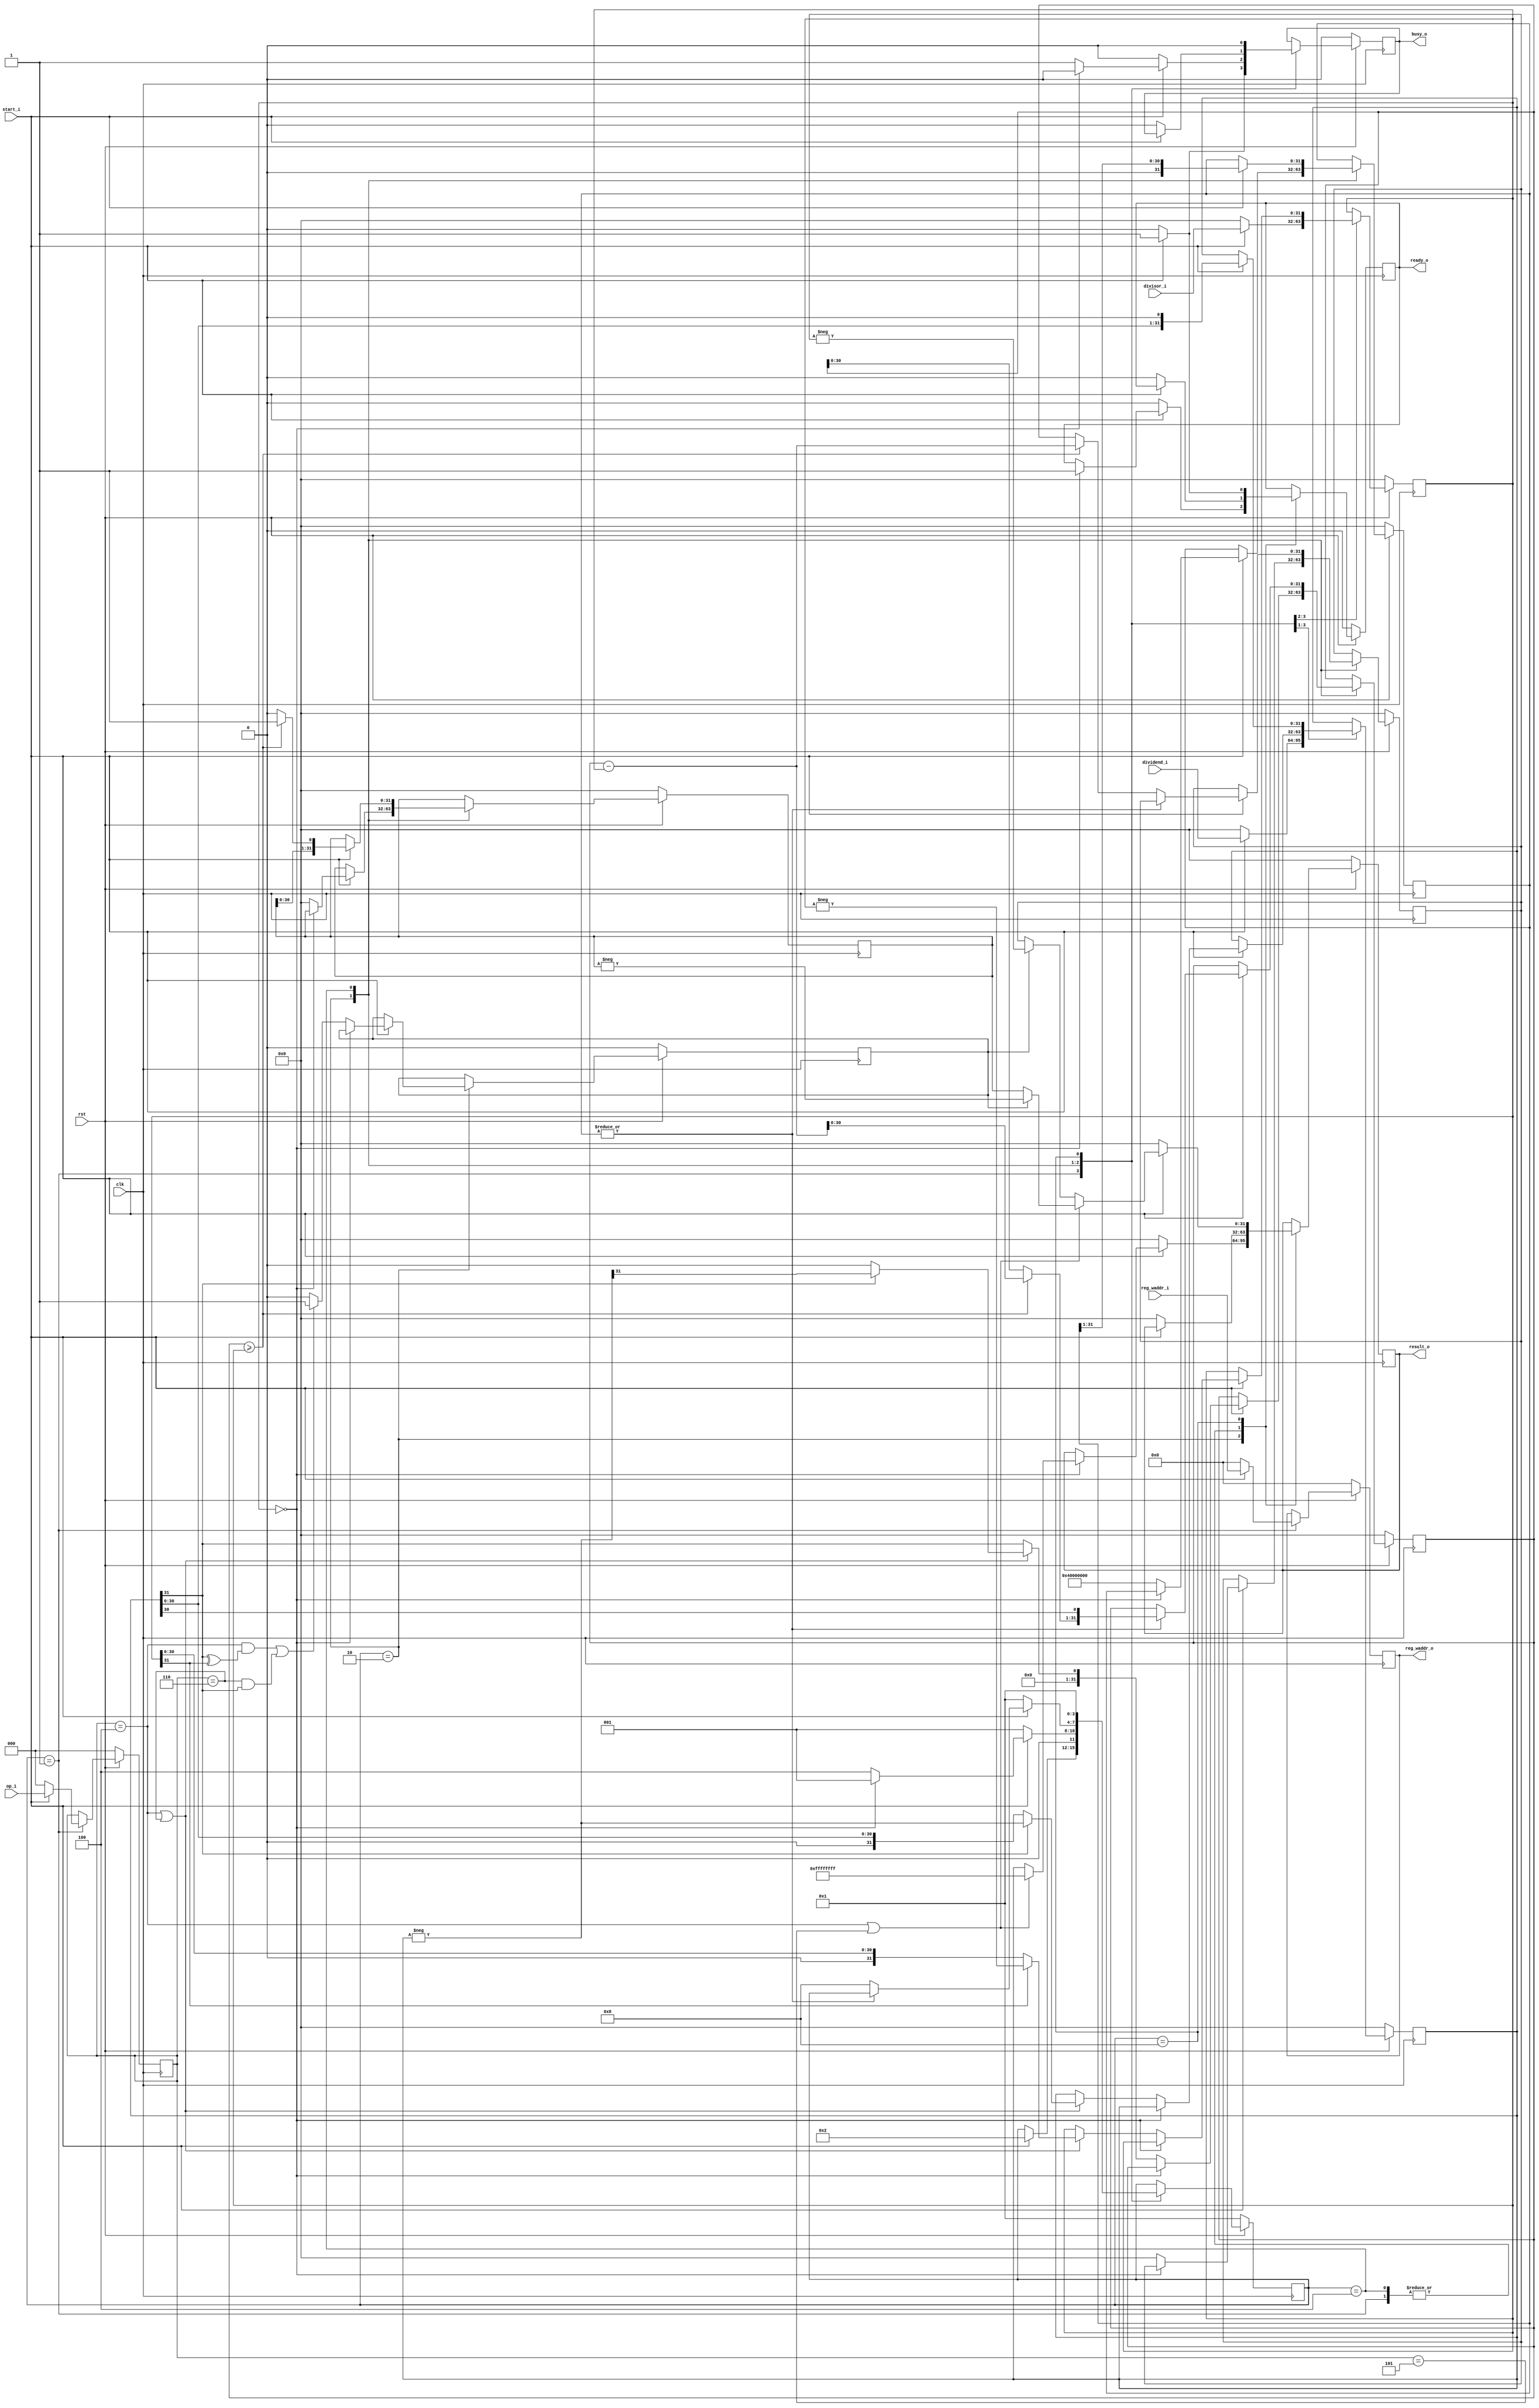
 /*                                                                      
 Copyright 2019 Blue Liang, liangkangnan@163.com
                                                                         
 Licensed under the Apache License, Version 2.0 (the "License");         
 you may not use this file except in compliance with the License.        
 You may obtain a copy of the License at                                 
                                                                         
     http://www.apache.org/licenses/LICENSE-2.0                          
                                                                         
 Unless required by applicable law or agreed to in writing, software    
 distributed under the License is distributed on an "AS IS" BASIS,       
 WITHOUT WARRANTIES OR CONDITIONS OF ANY KIND, either express or implied.
 See the License for the specific language governing permissions and     
 limitations under the License.                                          
 */
// common regs
`define RegAddrBus 4:0
`define RegBus 31:0
`define DoubleRegBus 63:0
`define RegWidth 32
`define RegNum 32        // reg num
`define RegNumLog2 5

`define RstEnable 1'b0
`define RstDisable 1'b1
`define ZeroWord 32'h0
`define ZeroReg 5'h0
`define WriteEnable 1'b1
`define WriteDisable 1'b0
`define ReadEnable 1'b1
`define ReadDisable 1'b0
`define True 1'b1
`define False 1'b0
`define ChipEnable 1'b1
`define ChipDisable 1'b0
`define JumpEnable 1'b1
`define JumpDisable 1'b0
`define DivResultNotReady 1'b0
`define DivResultReady 1'b1
`define DivStart 1'b1
`define DivStop 1'b0
`define HoldEnable 1'b1
`define HoldDisable 1'b0
`define Stop 1'b1
`define NoStop 1'b0
`define RIB_ACK 1'b1
`define RIB_NACK 1'b0
`define RIB_REQ 1'b1
`define RIB_NREQ 1'b0
`define INT_ASSERT 1'b1
`define INT_DEASSERT 1'b0
// M type inst
`define INST_MUL    3'b000
`define INST_MULH   3'b001
`define INST_MULHSU 3'b010
`define INST_MULHU  3'b011
`define INST_DIV    3'b100
`define INST_DIVU   3'b101
`define INST_REM    3'b110
`define INST_REMU   3'b111

module div(

    input wire clk,
    input wire rst,

    // from ex
    input wire[`RegBus] dividend_i,      // 
    input wire[`RegBus] divisor_i,       // 
    input wire start_i,                  // 
    input wire[2:0] op_i,                // 
    input wire[`RegAddrBus] reg_waddr_i, // 

    // to ex
    output reg[`RegBus] result_o,        // 3232
    output reg ready_o,                  // 
    output reg busy_o,                  // 
    output reg[`RegAddrBus] reg_waddr_o  // 

    );

    // 
    localparam STATE_IDLE  = 4'b0001;
    localparam STATE_START = 4'b0010;
    localparam STATE_CALC  = 4'b0100;
    localparam STATE_END   = 4'b1000;

    reg[`RegBus] dividend_r;
    reg[`RegBus] divisor_r;
    reg[2:0] op_r;
    reg[3:0] state;
    reg[31:0] count;
    reg[`RegBus] div_result;
    reg[`RegBus] div_remain;
    reg[`RegBus] minuend;
    reg invert_result;

    wire op_div = (op_r == `INST_DIV);
    wire op_divu = (op_r == `INST_DIVU);
    wire op_rem = (op_r == `INST_REM);
    wire op_remu = (op_r == `INST_REMU);

    wire[31:0] dividend_invert = (-dividend_r);
    wire[31:0] divisor_invert = (-divisor_r);
    wire minuend_ge_divisor = minuend >= divisor_r;
    wire[31:0] minuend_sub_res = minuend - divisor_r;
    wire[31:0] div_result_tmp = minuend_ge_divisor? ({div_result[30:0], 1'b1}): ({div_result[30:0], 1'b0});
    wire[31:0] minuend_tmp = minuend_ge_divisor? minuend_sub_res[30:0]: minuend[30:0];

    // 
    always @ (posedge clk) begin
        if (rst == `RstEnable) begin
            state <= STATE_IDLE;
            ready_o <= `DivResultNotReady;
            result_o <= `ZeroWord;
            div_result <= `ZeroWord;
            div_remain <= `ZeroWord;
            op_r <= 3'h0;
            reg_waddr_o <= `ZeroWord;
            dividend_r <= `ZeroWord;
            divisor_r <= `ZeroWord;
            minuend <= `ZeroWord;
            invert_result <= 1'b0;
            busy_o <= `False;
            count <= `ZeroWord;
        end else begin
            case (state)
                STATE_IDLE: begin
                    if (start_i == `DivStart) begin
                        op_r <= op_i;
                        dividend_r <= dividend_i;
                        divisor_r <= divisor_i;
                        reg_waddr_o <= reg_waddr_i;
                        state <= STATE_START;
                        busy_o <= `True;
                    end else begin
                        op_r <= 3'h0;
                        reg_waddr_o <= `ZeroWord;
                        dividend_r <= `ZeroWord;
                        divisor_r <= `ZeroWord;
                        ready_o <= `DivResultNotReady;
                        result_o <= `ZeroWord;
                        busy_o <= `False;
                    end
                end

                STATE_START: begin
                    if (start_i == `DivStart) begin
                        // 0
                        if (divisor_r == `ZeroWord) begin
                            if (op_div | op_divu) begin
                                result_o <= 32'hffffffff;
                            end else begin
                                result_o <= dividend_r;
                            end
                            ready_o <= `DivResultReady;
                            state <= STATE_IDLE;
                            busy_o <= `False;
                        // 0
                        end else begin
                            busy_o <= `True;
                            count <= 32'h40000000;
                            state <= STATE_CALC;
                            div_result <= `ZeroWord;
                            div_remain <= `ZeroWord;

                            // DIVREM
                            if (op_div | op_rem) begin
                                // 
                                if (dividend_r[31] == 1'b1) begin
                                    dividend_r <= dividend_invert;
                                    minuend <= dividend_invert[31];
                                end else begin
                                    minuend <= dividend_r[31];
                                end
                                // 
                                if (divisor_r[31] == 1'b1) begin
                                    divisor_r <= divisor_invert;
                                end
                            end else begin
                                minuend <= dividend_r[31];
                            end

                            // 
                            if ((op_div && (dividend_r[31] ^ divisor_r[31] == 1'b1))
                                || (op_rem && (dividend_r[31] == 1'b1))) begin
                                invert_result <= 1'b1;
                            end else begin
                                invert_result <= 1'b0;
                            end
                        end
                    end else begin
                        state <= STATE_IDLE;
                        result_o <= `ZeroWord;
                        ready_o <= `DivResultNotReady;
                        busy_o <= `False;
                    end
                end

                STATE_CALC: begin
                    if (start_i == `DivStart) begin
                        dividend_r <= {dividend_r[30:0], 1'b0};
                        div_result <= div_result_tmp;
                        count <= {1'b0, count[31:1]};
                        if (|count) begin
                            minuend <= {minuend_tmp[30:0], dividend_r[30]};
                        end else begin
                            state <= STATE_END;
                            if (minuend_ge_divisor) begin
                                div_remain <= minuend_sub_res;
                            end else begin
                                div_remain <= minuend;
                            end
                        end
                    end else begin
                        state <= STATE_IDLE;
                        result_o <= `ZeroWord;
                        ready_o <= `DivResultNotReady;
                        busy_o <= `False;
                    end
                end

                STATE_END: begin
                    if (start_i == `DivStart) begin
                        ready_o <= `DivResultReady;
                        state <= STATE_IDLE;
                        busy_o <= `False;
                        if (op_div | op_divu) begin
                            if (invert_result) begin
                                result_o <= (-div_result);
                            end else begin
                                result_o <= div_result;
                            end
                        end else begin
                            if (invert_result) begin
                                result_o <= (-div_remain);
                            end else begin
                                result_o <= div_remain;
                            end
                        end
                    end else begin
                        state <= STATE_IDLE;
                        result_o <= `ZeroWord;
                        ready_o <= `DivResultNotReady;
                        busy_o <= `False;
                    end
                end

            endcase
        end
    end

endmodule

`ifdef VERIFY
module tb;

    reg clk, rst;
    reg [31:0] dividend_i, divisor_i;

    reg start_i;                 
    reg [2:0] op_i;                
    reg [4:0] reg_waddr_i; 

    // to ex
    wire[31:0] result_o;
    wire ready_o;                 
    wire busy_o;                  
    wire[4:0] reg_waddr_o;

div MUV (
    .clk(clk),
    .rst(rst),

    // from ex
    .dividend_i(dividend_i),      
    .divisor_i(divisor_i),       
    .start_i(start_i),                 
    .op_i(op_i),                
    .reg_waddr_i(reg_waddr_i), 

    // to ex
    .result_o(result_o),        
    .ready_o(ready_o),                 
    .busy_o(busy_o),                  
    .reg_waddr_o(reg_waddr_o)  
);

    always #5 clk = ~ clk;

    initial begin
        $dumpfile("div.vcd");
        $dumpvars(0, tb);
    end

    initial begin
        clk = 0;
        rst = 1'bx;
        dividend_i = 500;
        divisor_i = 33;
        start_i = 0;
        op_i = `INST_REM;
        #99; @(posedge clk);
        rst = 0;
        #999; @(posedge clk);
        rst = 1;
        #77; @(posedge clk);
        start_i = 1;
        #66; @(posedge clk);
        @(posedge ready_o);
        #25;
        @(posedge clk);
        start_i = 0;
        #10000;
        $finish;
    end
endmodule
`endif